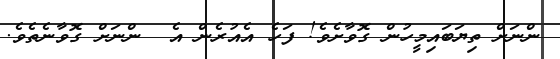
ންނަށް ތިޔަބައިމީހުން ގޮވާށެވެ! ފަހެ އެއުރެން އެ  ންނަށް ގޮވާނެތެވެ.